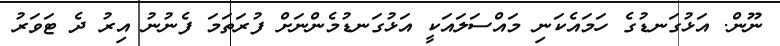
ނޫން. އަޅުގަނޑުގެ ހަމައެކަނި މައްސަލައަކީ އަޅުގަނޑުމެންނަށް ފުރަތަމަ ފެނުނު އިރު ދެ ޓަވަރު